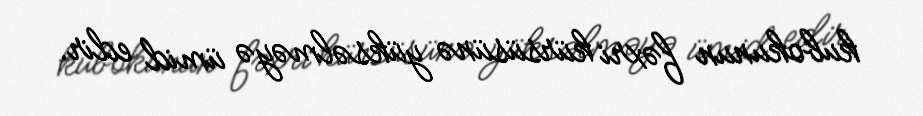
kubokunun fəxri kürsüsünə yüksəlməyə ümid edir.